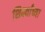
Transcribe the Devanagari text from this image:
शिर्क्यांच्या